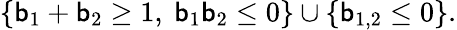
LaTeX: \left\{ \mathsf{b}_{1}+\mathsf{b}_{2}\geq1,\ \mathsf{b}_{1}\mathsf{b}_{2}\leq0\right\} \cup\left\{ \mathsf{b}_{1,2}\leq0\right\} .